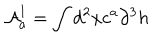
{ \cal { A } } _ { a } ^ { 1 } = \int d ^ { 2 } x c ^ { a } \partial ^ { 3 } h